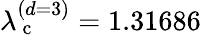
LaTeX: \lambda_{\mathrm{~c~}}^{(d=3)}=1.31686